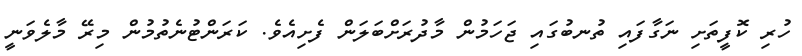
ހުރި ކޮފީތަށި ނަގާފައި ތުނބުގައި ޖަހަމުން މާދުރަށްބަލަން ފެށިއެވެ. ކަރަންޓުނެތުމުން މިރޭ މާލެވަނީ